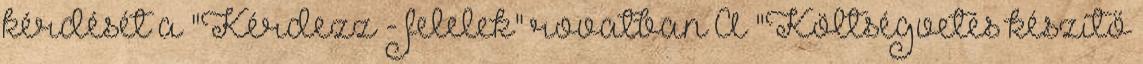
kérdését a "Kérdezz - felelek" rovatban A "Költségvetés készítő